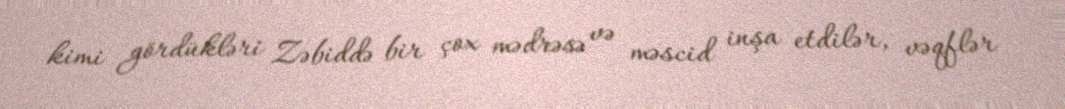
kimi gördükləri Zəbiddə bir çox mədrəsə və məscid inşa etdilər, vəqflər